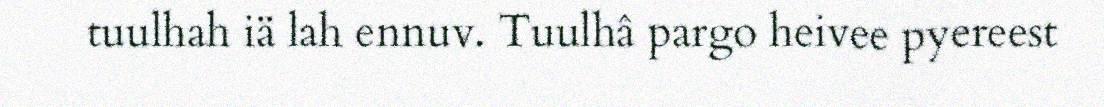
tuulhah iä lah ennuv. Tuulhâ pargo heivee pyereest